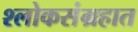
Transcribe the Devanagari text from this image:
श्लोकसंग्रहात